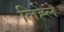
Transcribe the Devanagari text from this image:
लिह्ले